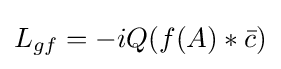
L_{gf}=-iQ(f(A)*{\bar {c}})